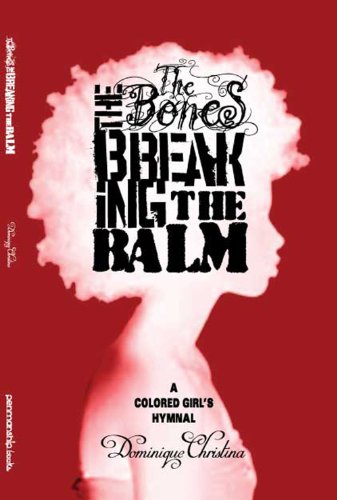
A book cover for The Bones, The Breaking, The Balm: A Colored Girl's Hymnal; Dominique Christina; Christian Books & Bibles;